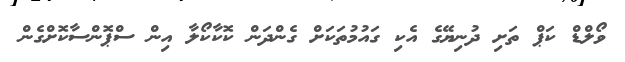
ވޯލްޑް ކަޕް ތަށި ދުނިޔޭގެ އެކި ގައުމުތަކަށް ގެންދަން ކޮކާކޯލާ އިން ސްޕޮންސާކޮށްގެން